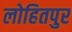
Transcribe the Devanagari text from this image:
लोहितपुर